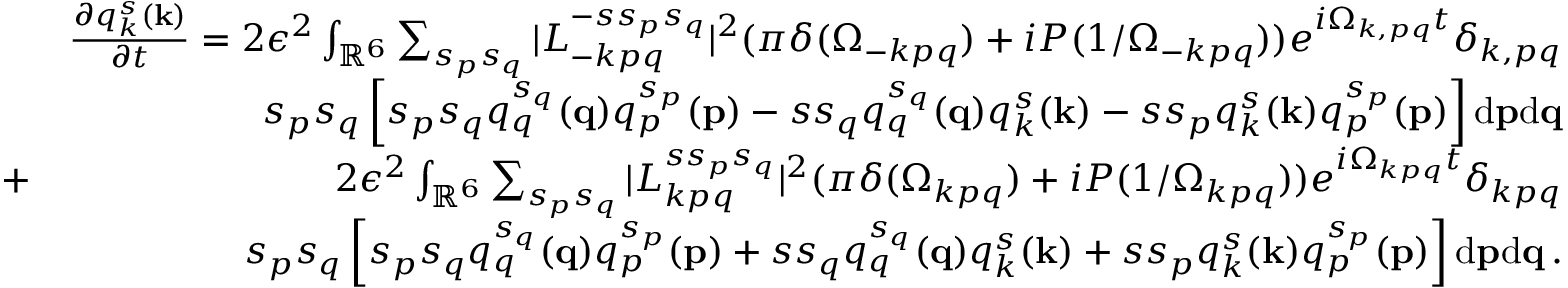
\begin{array} { r l r } & { } & { \frac { \partial q _ { k } ^ { s } ( { \bf k } ) } { \partial t } = 2 \epsilon ^ { 2 } \int _ { { \mathbb { R } } ^ { 6 } } \sum _ { s _ { p } s _ { q } } \vert L _ { - k p q } ^ { - s s _ { p } s _ { q } } \vert ^ { 2 } ( \pi \delta ( \Omega _ { - k p q } ) + i { \cal P } ( 1 / \Omega _ { - k p q } ) ) e ^ { i \Omega _ { k , p q } t } \delta _ { k , p q } } \\ & { } & { s _ { p } s _ { q } \left[ s _ { p } s _ { q } q _ { q } ^ { s _ { q } } ( { \bf q } ) q _ { p } ^ { s _ { p } } ( { \bf p } ) - s s _ { q } q _ { q } ^ { s _ { q } } ( { \bf q } ) q _ { k } ^ { s } ( { \bf k } ) - s s _ { p } q _ { k } ^ { s } ( { \bf k } ) q _ { p } ^ { s _ { p } } ( { \bf p } ) \right] \mathrm { d } { \bf p } \mathrm { d } { \bf q } } \\ & { + } & { 2 \epsilon ^ { 2 } \int _ { { \mathbb { R } } ^ { 6 } } \sum _ { s _ { p } s _ { q } } \vert L _ { k p q } ^ { s s _ { p } s _ { q } } \vert ^ { 2 } ( \pi \delta ( \Omega _ { k p q } ) + i { \cal P } ( 1 / \Omega _ { k p q } ) ) e ^ { i \Omega _ { k p q } t } \delta _ { k p q } } \\ & { } & { s _ { p } s _ { q } \left[ s _ { p } s _ { q } q _ { q } ^ { s _ { q } } ( { \bf q } ) q _ { p } ^ { s _ { p } } ( { \bf p } ) + s s _ { q } q _ { q } ^ { s _ { q } } ( { \bf q } ) q _ { k } ^ { s } ( { \bf k } ) + s s _ { p } q _ { k } ^ { s } ( { \bf k } ) q _ { p } ^ { s _ { p } } ( { \bf p } ) \right] \mathrm { d } { \bf p } \mathrm { d } { \bf q } \, . } \end{array}